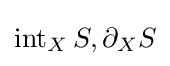
\operatorname {int} _{X}S,\partial _{X}S